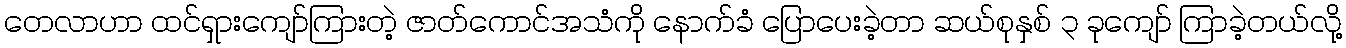
တေလာဟာ ထင်ရှားကျော်ကြားတဲ့ ဇာတ်ကောင်အသံကို နောက်ခံ ပြောပေးခဲ့တာ ဆယ်စုနှစ် ၃ ခုကျော် ကြာခဲ့တယ်လို့